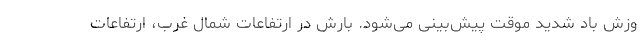
وزش باد شدید موقت پیش‌بینی می‌شود. بارش در ارتفاعات شمال غرب، ارتفاعات